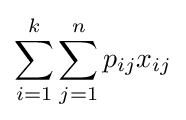
\sum _{i=1}^{k}\sum _{j=1}^{n}p_{ij}x_{ij}